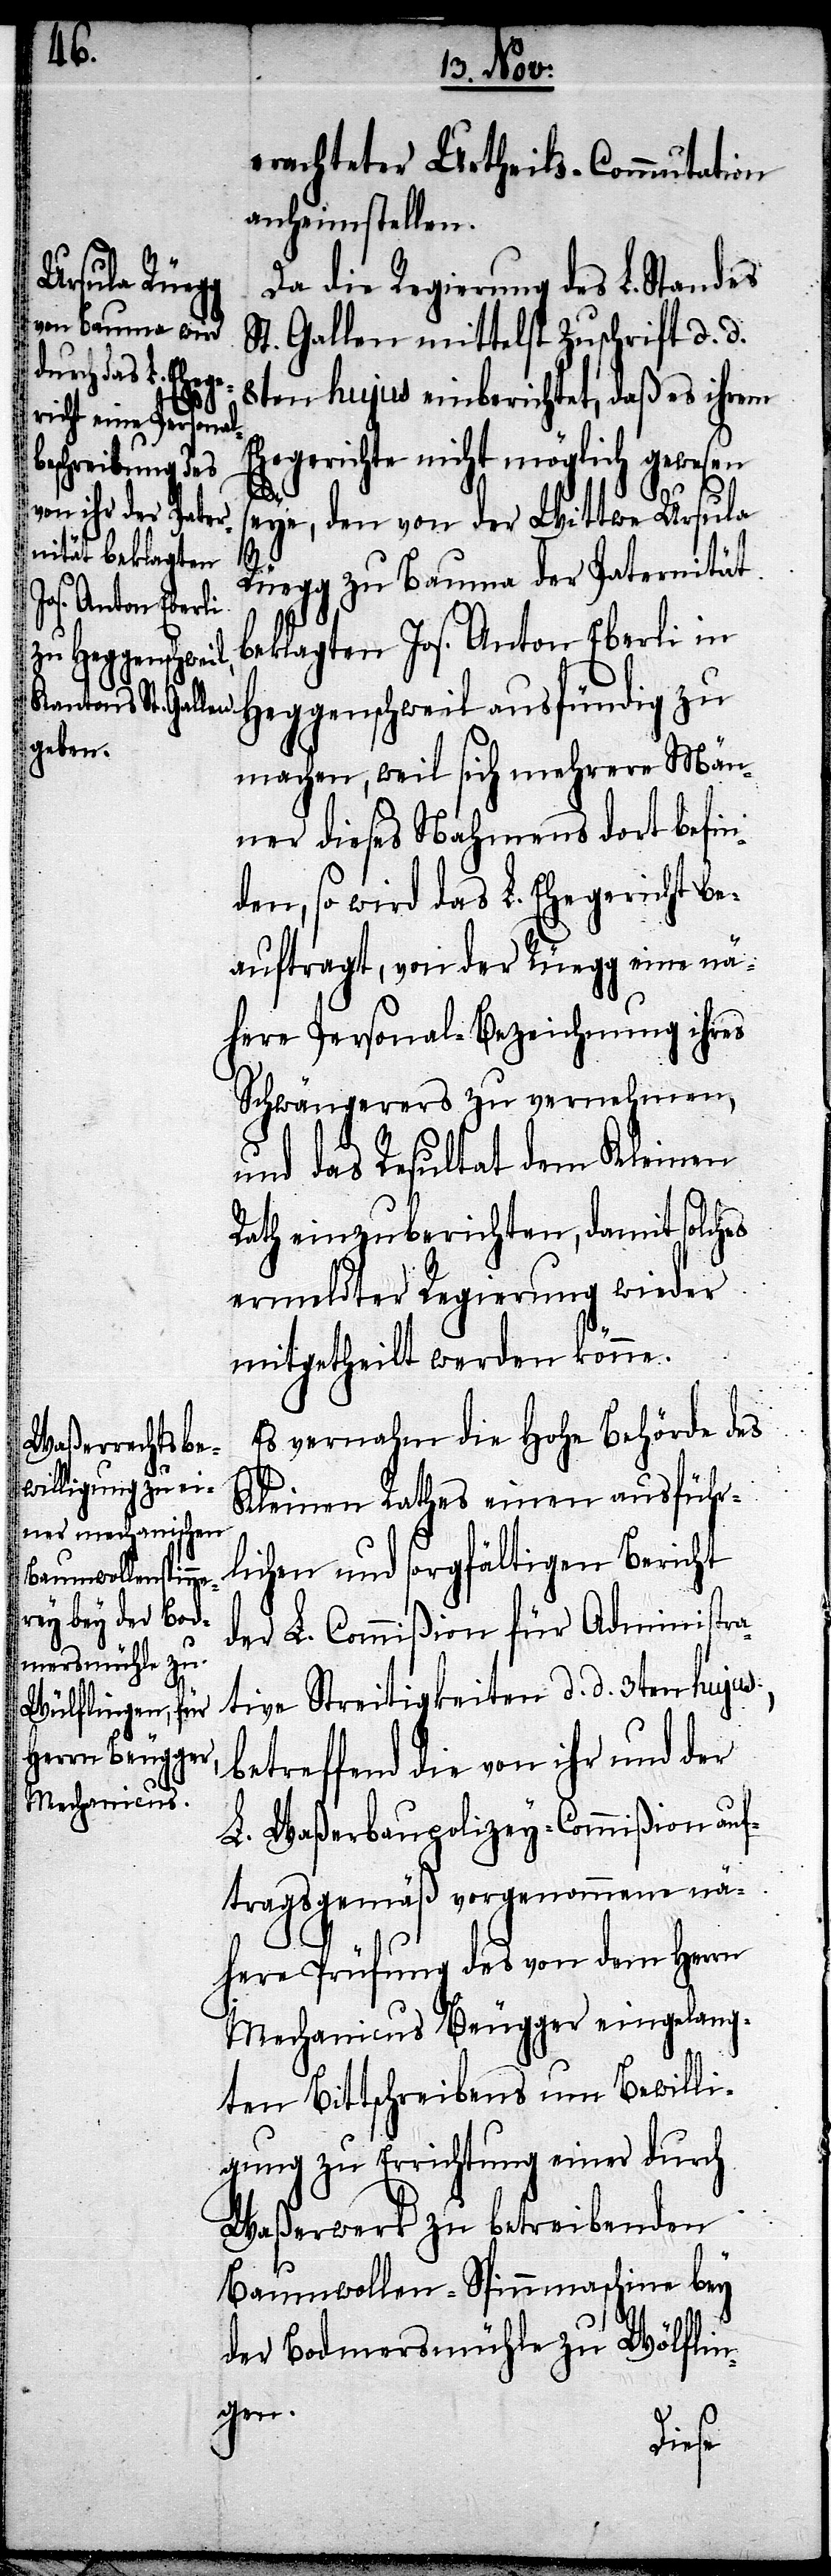
erachteter Urtheils-Commutation
anheimstellen.
Da die Regierung des L. Standes
St. Gallen mittelst Zuschrift d. d.
8ten hujus einberichtet, daß es ihrem
Ehegerichte nicht möglich gewesen
seye, den von der Wittwe Ursula
Rüegg zu Bauma der Paternität
beklagten Jos. Anton Eberli in
Heggenschweil ausfündig zu
machen, weil sich mehrere Män¬
ner dieses Nahmens dort befin¬
den, so wird das L. Ehegericht be¬
auftragt, von der Rüegg eine nä¬
here Personal-Bezeichnung ihres
Schwängerers zu vernehmen,
und das Resultat dem Kleinen
Rath einzuberichten, damit solches
ermeldter Regierung wieder
mitgetheilt werden könne.
Es vernahm die Hohe Behörde des
Kleinen Rathes einen ausführ¬
lichen und sorgfältigen Bericht
der L. Commißion für Administr¬
ative Streitigkeiten d. d. 3ten hujus,
betreffend die von ihr und der
L. Waßerbaupolizey-Commißion auf¬
tragsgemäß vorgenommene nä¬
here Prüfung des von dem Herrn
Mechanicus Beugger eingelang¬
ten Bittschreibens um Bewilli¬
gung zu Errichtung einer durch
Waßerwerk zu betreibenden
Baumwollen-Spinnmaschine bey
der Bodmersmühle zu Wölflin¬
gen.